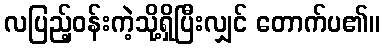
လပြည့်ဝန်းကဲ့သို့ရှိပြီးလျှင် တောက်ပ၏။